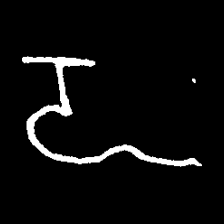
Pyu character \u2014 Myanmar letter: ဍ (romanized: dda)